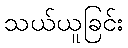
သယ်ယူခြင်း